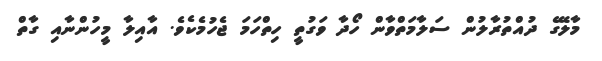
މާލޭގެ ދުއްތުރާލުން ސަލާމަތްވާން ހޯދާ ވަގުތީ ހިތްހަމަ ޖެހުމެކެވެ. އާއިލާ މީހުންނާއި ގާތް